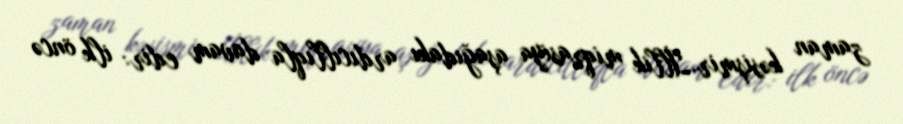
zaman kəsişmir.İllik miqrasiya aşağıdakı ardıcıllıqla davam edir: ilk öncə